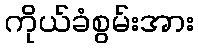
ကိုယ်ခံစွမ်းအား